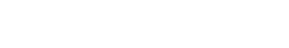
အတိုးငွေ ၆၀ ကျပ် စတင်ပေးရလေ၏။